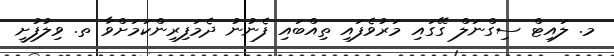
މ. ލައިޓް ސިގްނަލް ގޭގައި މަރުވެފައި ތިއްބައި ފެނުނު ދެމަފިރިންކަމަށްވާ ތ. ވިލުފުށީ